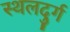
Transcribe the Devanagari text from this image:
स्थलदुर्ग